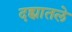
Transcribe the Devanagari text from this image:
दह्यातले